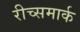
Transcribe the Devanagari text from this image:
रीच्समार्क